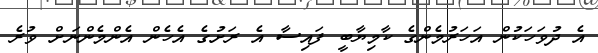
އެ ދުވަހަކުން އަހަރުމެންގެ ކާމިޔާބީ ފައިސާ އެ ރަށުގެ އެހެން އެންމެންނަށް ވުރެ